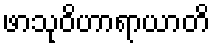
ဖာသုဝိဟာရာယာတိ